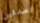
تصدقين